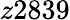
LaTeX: z2839